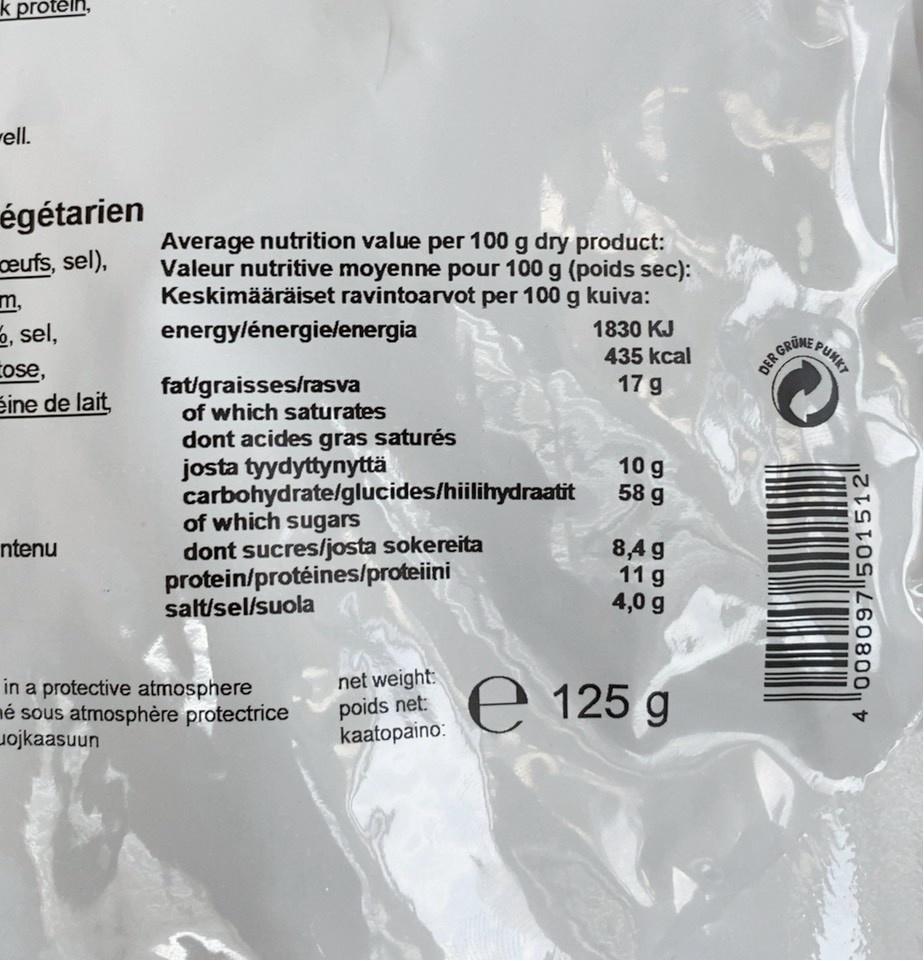
k protěln,
rell.
égétarien eufs, sel),
Average nutrition value per 100 g dry product: Valeur nutritive moyenne pour 100 g (poids sec): Keskimääräiset ravintoarvot per 100 g kuiva:
m,
3, sel, Cose, eine de lait
energylénergielenergia
1830 KJ 435 kcal 17 g
PUNKT
DER GRÜNS
fat/graisses/rasva of which saturates
dont acides gras saturés josta tyydyttynyttä carbohydrate/glucides/hiilihydraatit of which sugars
10 g 58 g
dont sucres/josta sokereita protein/protéines/proteiini salt/sel/suola
8,4 g 11 g 4,0 g
ntenu
in a protective atmosphere né sous atmosphère protectrice uojkaasuun
net weight: poids net: kaatopaino:
E 125 g
4 008097501512